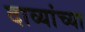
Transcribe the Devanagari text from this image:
दाव्यांच्या